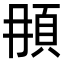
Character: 𩑞